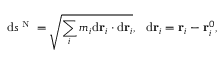
\textrm d s ^ { \textrm { \scriptsize N } } = \sqrt { \sum _ { i } m _ { i } \textrm d { \bf r } _ { i } \cdot \textrm d { \bf r } _ { i } } , ~ ~ \textrm d { \bf r } _ { i } = { \bf r } _ { i } - { \bf r } _ { i } ^ { 0 } ,